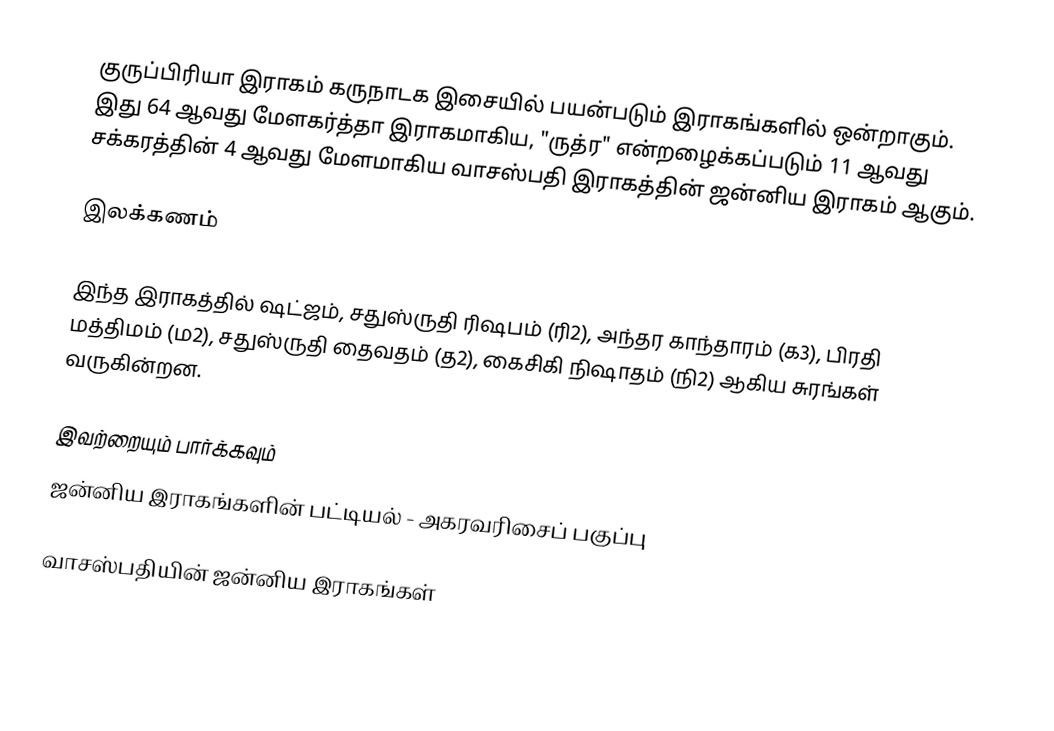
குருப்பிரியா இராகம் கருநாடக இசையில் பயன்படும் இராகங்களில் ஒன்றாகும். இது 64 ஆவது மேளகர்த்தா இராகமாகிய, "ருத்ர" என்றழைக்கப்படும் 11 ஆவது சக்கரத்தின் 4 ஆவது மேளமாகிய வாசஸ்பதி இராகத்தின் ஜன்னிய இராகம் ஆகும்.

இலக்கணம்

இந்த இராகத்தில் ஷட்ஜம், சதுஸ்ருதி ரிஷபம் (ரி2),  அந்தர காந்தாரம் (க3), பிரதி மத்திமம் (ம2), சதுஸ்ருதி தைவதம் (த2), கைசிகி நிஷாதம்  (நி2) ஆகிய சுரங்கள் வருகின்றன.

இவற்றையும் பார்க்கவும்
 ஜன்னிய இராகங்களின் பட்டியல் - அகரவரிசைப் பகுப்பு

வாசஸ்பதியின் ஜன்னிய இராகங்கள்